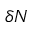
\delta N